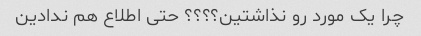
چرا یک مورد رو نذاشتین؟؟؟؟ حتی اطلاع هم ندادین